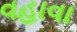
વહાવા